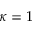
\kappa = 1